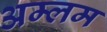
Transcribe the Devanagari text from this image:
अम्लम